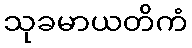
သုခမာယတိကံ